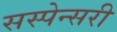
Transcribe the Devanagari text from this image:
सस्पेन्सरी